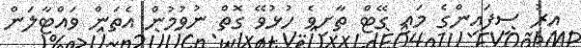
އިރު ސިފައިންގެ މައި ގޭޓް ތާށިވެ ހުޅުވޭ ގޮތް ނުވުމުން އެތަން ވައްޓާލަން